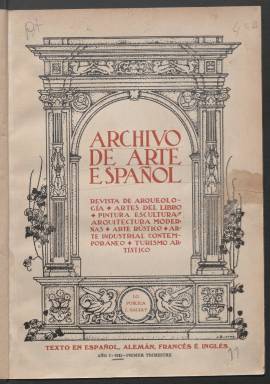
Título: Archivo de arte español
Colección: Arte
Ámbito geográfico: Madrid
Lugar de publicación: Madrid
Fechas: 01/01/1915-31/12/1915